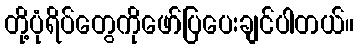
တို့ပုံရိပ်တွေကိုဖော်ပြပေးချင်ပါတယ်။